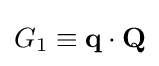
{\textstyle G_{1}\equiv \mathbf {q} \cdot \mathbf {Q} }